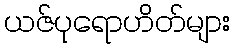
ယဇ်ပုရောဟိတ်များ